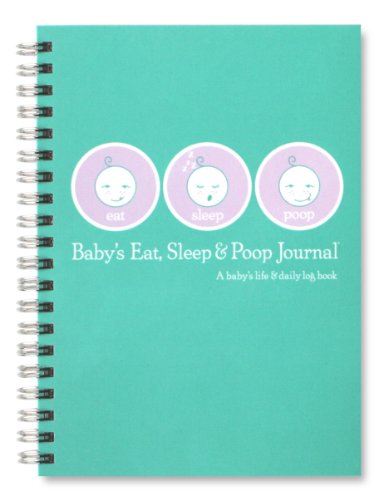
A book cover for Baby's Eat, Sleep & Poop Journal, Log Book (Aqua); Sandra Kosak; Parenting & Relationships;